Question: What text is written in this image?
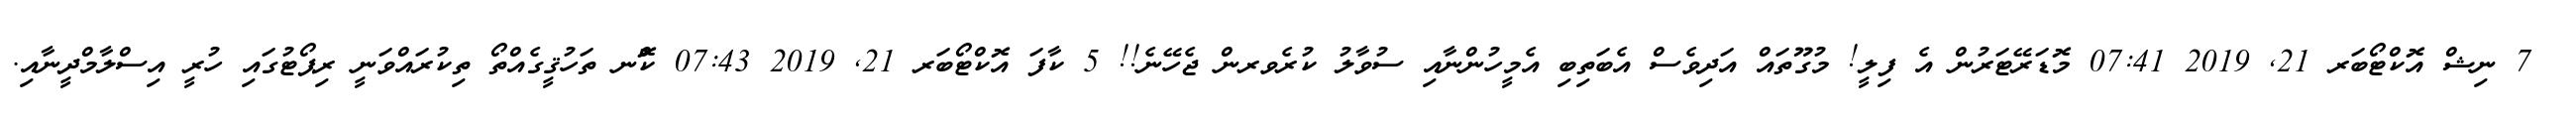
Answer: ? 7 ނިޝް އޮކްޓޯބަރ 21, 2019 07:41 މޮޑަރޭޓަރުން އެ ފިލީ! މުގޫތައް އަދިވެސް އެބަތިބި އެމީހުންނާއި ސުވާލު ކުރެވރން ޖެހޭނެ!! 5 ކާފަ އޮކްޓޯބަރ 21, 2019 07:43 ކޮްނ ތަހުޤީގެއްތޯ ތިކުރައްވަނީ ރިޕޯޓުގައި ހުރީ އިސްލާމްދީނާއި.